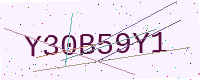
Text: Y30B59Y1